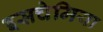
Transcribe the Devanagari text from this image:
इसचेमिया